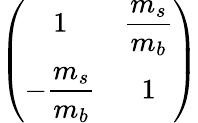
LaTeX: \left(\begin{array}{cc}{{1}}&{{\displaystyle\frac{m_{s}}{m_{b}}}}\\ {{\displaystyle-\frac{m_{s}}{m_{b}}}}&{{1}}\end{array}\right)